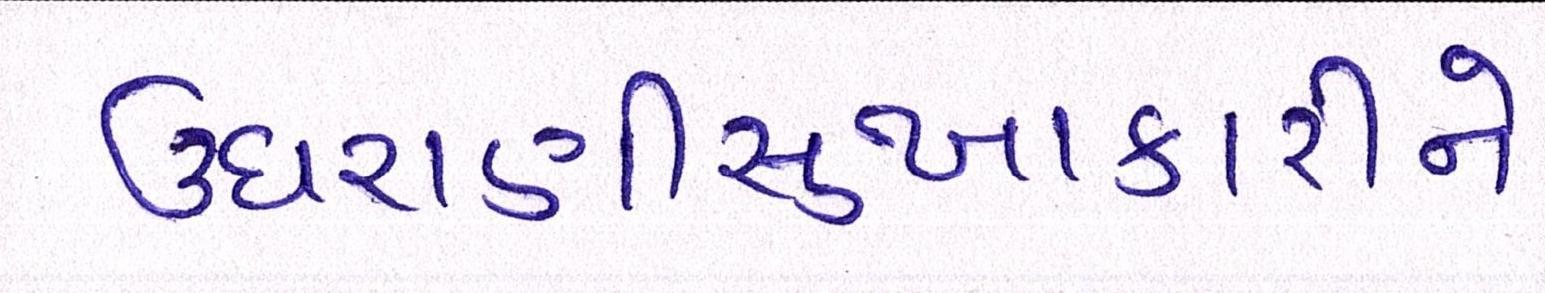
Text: ઉઘરાણીસુખાકારીને